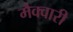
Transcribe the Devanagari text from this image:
मैक्वारी